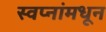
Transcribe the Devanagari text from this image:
स्वप्नांमधून